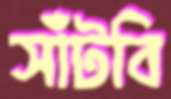
সাঁটবি